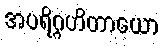
အပရိဂ္ဂဟိတာယော